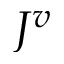
J ^ { v }